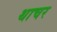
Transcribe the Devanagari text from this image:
थाचर